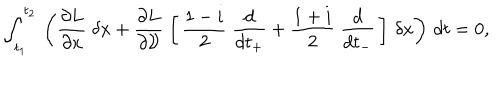
LaTeX: \int _ { t _ { 1 } } ^ { t _ { 2 } } \, \left( \frac { \partial L } { \partial x } \; \delta x + \frac { \partial L } { \partial { \cal V } } \; \left[ \, \frac { 1 - i } { 2 } \; \frac { d } { d t _ { + } } + \frac { 1 + i } { 2 } \; \frac { d } { d t _ { - } } \, \right] \, \delta x \right) \, d t = 0 ,